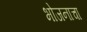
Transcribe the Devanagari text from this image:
भोजनाचा